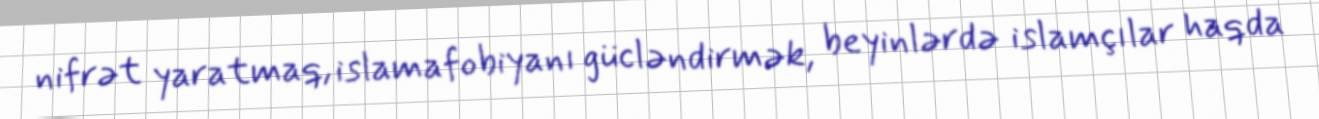
nifrət yaratmaq, islamafobiyanı gücləndirmək, beyinlərdə islamçılar haqda